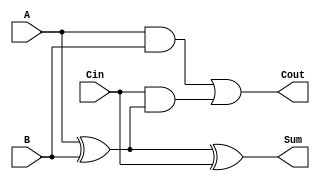
`timescale 1ns / 1ps
//////////////////////////////////////////////////////////////////////////////////
// Company: 
// Engineer: 
// 
// Design Name: 
// Module Name:    Full_Adder 
// Project Name: 
// Target Devices: 
// Tool versions: 
// Description: 
//
// Dependencies: 
//
// Revision: 
// Revision 0.01 - File Created
// Additional Comments: 
//
//////////////////////////////////////////////////////////////////////////////////
module Full_Adder(
    input A,
    input B,
    input Cin,
    output Cout,
    output Sum
    );
	 wire w1,w2,w3;
	 assign w1=A ^B;
	 assign Sum = w1^Cin;
	 assign w3 = A & B;
	 assign w4 = Cin & w1;
	 assign Cout = w3 | w4;


endmodule